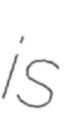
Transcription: is